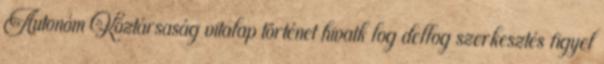
Autonóm Köztársaság vitalap történet hivatk log dellog szerkesztés figyel